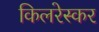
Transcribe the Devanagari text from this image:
किलरेस्कर